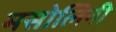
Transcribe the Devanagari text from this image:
मसोलिनी